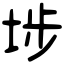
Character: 埗